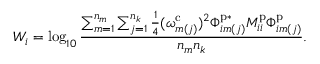
W _ { i } = \log _ { 1 0 } \frac { \sum _ { m = 1 } ^ { n _ { m } } \sum _ { j = 1 } ^ { n _ { k } } \frac { 1 } { 4 } ( \omega _ { m ( j ) } ^ { \mathrm { c } } ) ^ { 2 } \Phi _ { i m ( j ) } ^ { \mathrm { p } * } M _ { i i } ^ { \mathrm { p } } \Phi _ { i m ( j ) } ^ { \mathrm { p } } } { n _ { m } n _ { k } } .